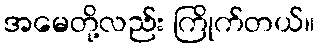
အမေတို့လည်း ကြိုက်တယ်။